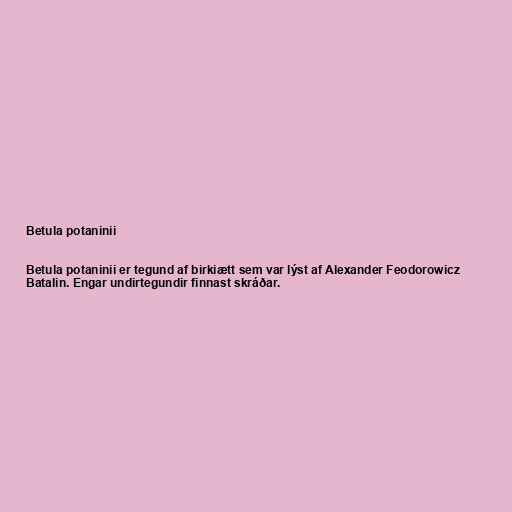
Betula potaninii

Betula potaninii er tegund af birkiætt sem var lýst af Alexander Feodorowicz
Batalin. Engar undirtegundir finnast skráðar.